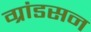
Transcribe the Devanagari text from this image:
ग्रांडसन